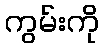
ကွမ်းကို